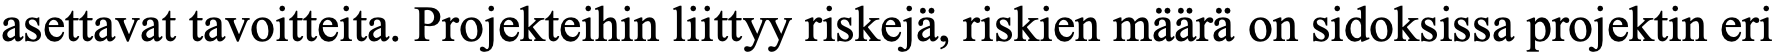
asettavat tavoitteita. Projekteihin liittyy riskejä, riskien määrä on sidoksissa projektin eri